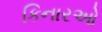
કિનારઓ